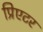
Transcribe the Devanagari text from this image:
प्रिएटर